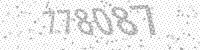
Solution: 778087